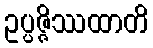
ဥပ္ပဇ္ဇိဿထာတိ